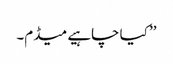
’’ کیا چاہیے میڈم۔